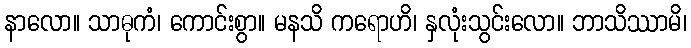
နာလော။ သာဓုကံ၊ ကောင်းစွာ။ မနသိ ကရောဟိ၊ နှလုံးသွင်းလော။ ဘာသိဿာမိ၊